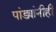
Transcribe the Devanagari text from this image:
पांड्यांनीही